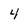
Character: 4